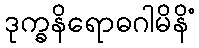
ဒုက္ခနိရောဓဂါမိနိံ